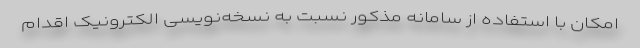
امکان با استفاده از سامانه مذکور نسبت به نسخه‌نویسی الکترونیک اقدام